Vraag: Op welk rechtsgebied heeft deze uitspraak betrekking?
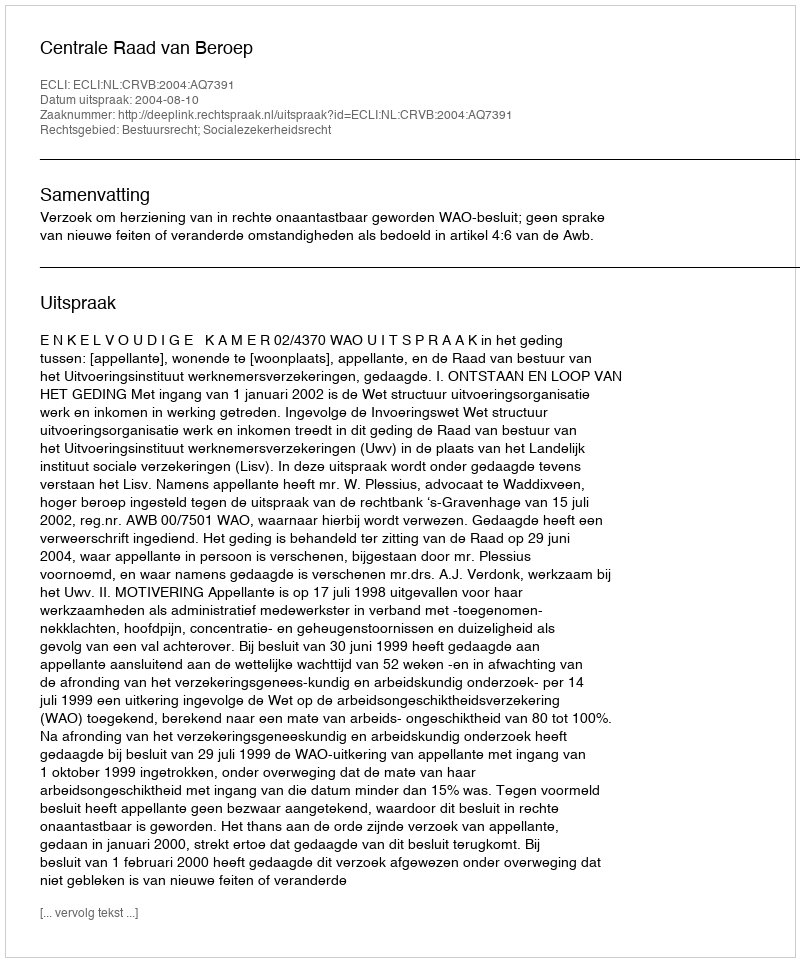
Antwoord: Bestuursrecht; Socialezekerheidsrecht